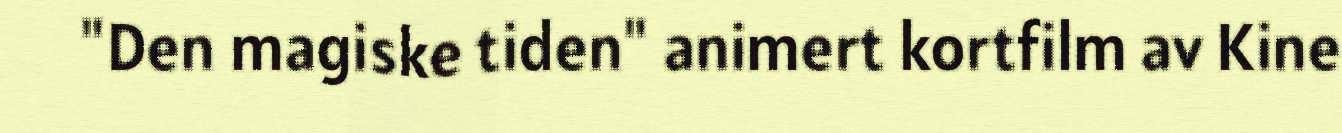
"Den magiske tiden" animert kortfilm av Kine